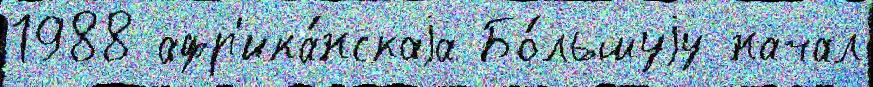
1988 афр'ика́нскаjа Бо́льшуjу начал